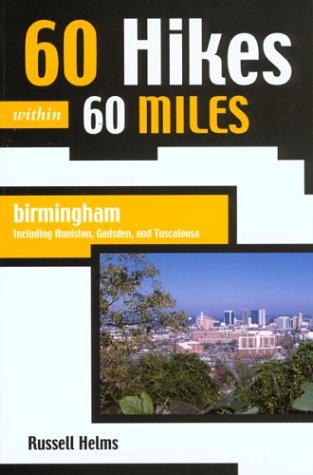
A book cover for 60 Hikes Within 60 Miles: Birmingham: Including Anniston, Gadsden, and Tuscaloosa; Russell Helms; Travel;